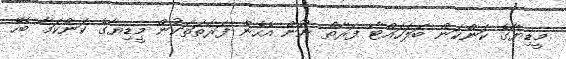
މީޑިޔާގެ ކަންކަން ބަލަހައްޓާ ފަރާތް ނޫން އެހެން ފަރާތަތަކުން މީޑިޔާގެ ކަންކަމާ ބެހޭ